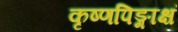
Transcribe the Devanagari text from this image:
कृष्णपिङ्गाक्षं